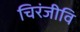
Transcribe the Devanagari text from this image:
चिरंजीवि